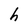
Character: h